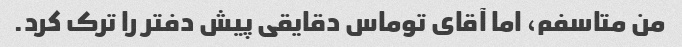
من متاسفم، اما آقای توماس دقایقی پیش دفتر را ترک کرد.